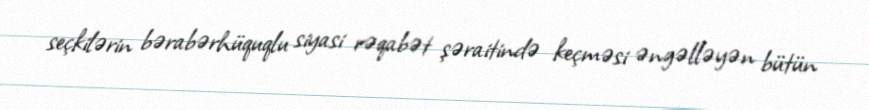
seçkilərin bərabərhüquqlu siyasi rəqabət şəraitində keçməsi əngəlləyən bütün